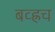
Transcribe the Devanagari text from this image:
बव्ह्रच